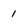
Character: 1